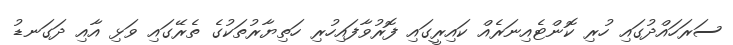
ސަރަހައްދުގައި ހުރި ކޮންޓެއިނަރެއް ކައިރީގައި ފޮރުވާފައިހުރި ހަތިޔާރުތަކުގެ ތެރޭގައި ވަޅި އާއި ދަގަނޑު